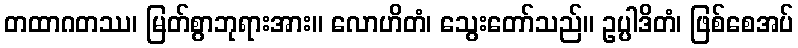
တထာဂတဿ၊ မြတ်စွာဘုရားအား။ လောဟိတံ၊ သွေးတော်သည်။ ဥပ္ပါဒိတံ၊ ဖြစ်စေအပ်